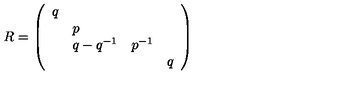
R = \left( \begin{array} { l l l l } { q } & { } & { } & { } \\ { } & { p } & { } & { } \\ { } & { { q - q ^ { - 1 } } } & { { p ^ { - 1 } } } & { } \\ { } & { } & { } & { { q } } \\ \end{array} \right)